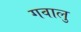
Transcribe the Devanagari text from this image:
गवालु